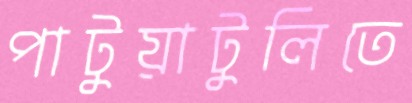
পাটুয়াটুলিতে